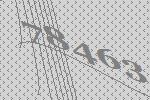
78463